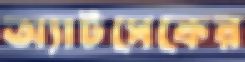
অ্যাটসেকের